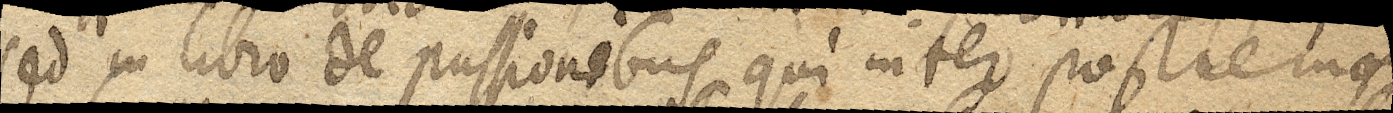
sed in libro de passionibus, qui inter postremos